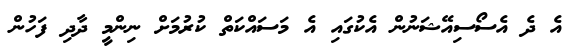
އެ ދެ އެސޯސިއޭޝަނުން އެކުގައި އެ މަސައްކަތް ކުރުމަށް ނިންމީ ދާދި ފަހުން